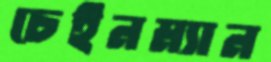
চেইনম্যান